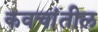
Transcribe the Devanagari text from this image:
कवचांतील